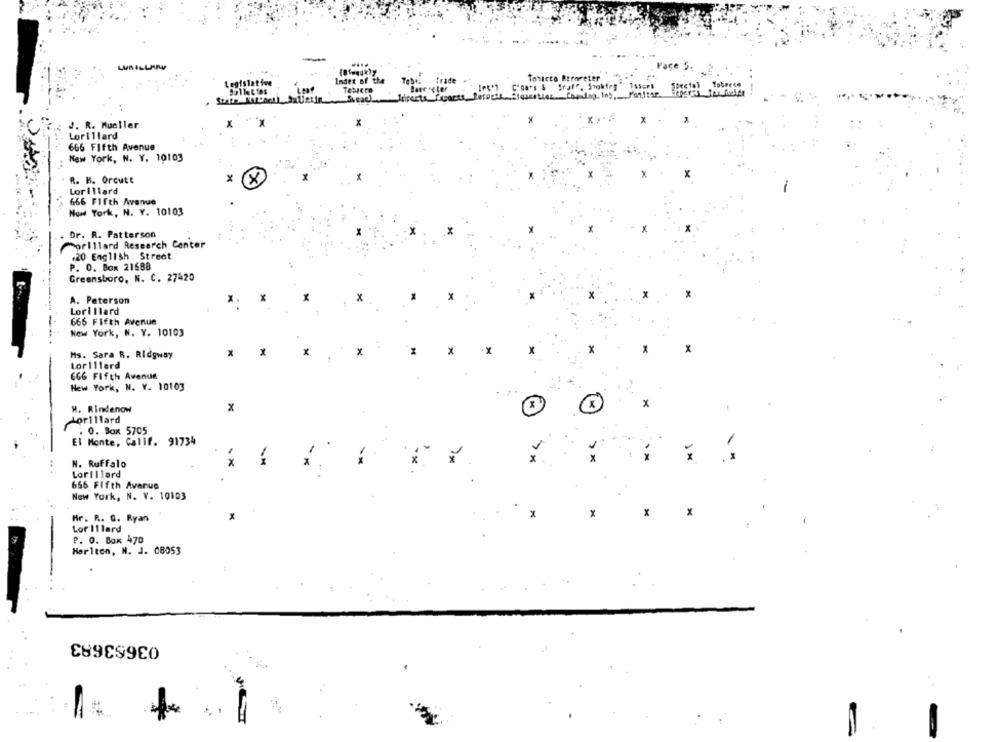
LUNILLANW
....
Face 5. 2
Legislative
Indet of the
TeDal
frade
Tobacco Bororeter
9ullet tes
Bavereter
"ga's & Sraf", Stoktry
Isso
Tessere
Iriperts_ fracti
State Kat"hell SUetin
Sead leipe
J. R. Mueller
Lorillard
666 Fifth Avenue
New York, N. Y. 10103
x
X
R. H. Orcutt
Lorillard
666 Fifth Avenue
New York, N. Y. 10103
Dr. R. Patterson
Porillard Research Center
+20 English . Street
P. O. Box 21688
Greensboro, N. C. 27420
A. Peterson
x
Lorillard
666 Fifth Avenue
New York, N. Y. 10103
x
Ms. Sara R. Ridgway
x
x
X
Lorillard
666 Fifth Avenue
New York, N. Y. 10103
H. Rindenow
x
Lorillard
. O. Box 5705
El Monte, Calif. 91734
...
N. Ruffalo
Lorillard
666 Fifth Avenue
New York, N. Y. 10103
X
x
Hr. R. G. Ryan
x
X
Lor Illard
P. O. Box 470
Harlton, N. J. 08053
036S3683